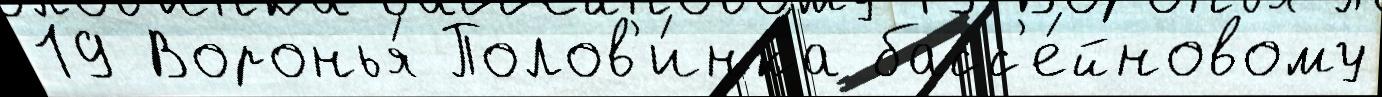
19 Воронья́ Полов'и́нка басс'е́йновому